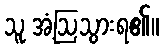
သူ အံ့ဩသွားရ၏။